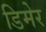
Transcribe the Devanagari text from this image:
डिमेर